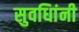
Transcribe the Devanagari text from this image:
सुवधिांनी